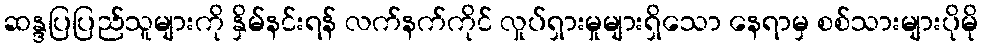
ဆန္ဒပြပြည်သူများကို နှိမ်နင်းရန် လက်နက်ကိုင် လှုပ်ရှားမှုများရှိသော နေရာမှ စစ်သားများပိုမို